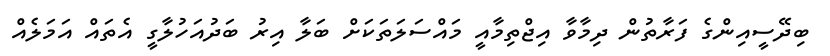
ބިދޭސީއިންގެ ފަރާތުން ދިމާވާ އިޖްތިމާއީ މައްސަލަތަކަށް ބަލާ އިރު ބަދުއަހުލާގީ އެތައް އަމަލެއް